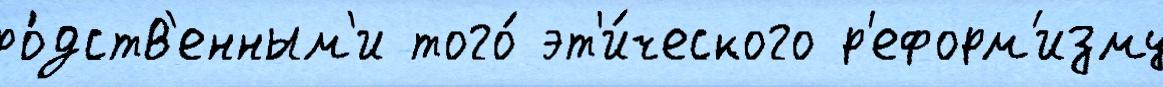
ро́дств'енным'и того́ эт'и́ческого р'еформ'изму